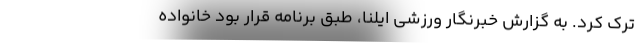
ترک کرد. به گزارش خبرنگار ورزشی ایلنا، طبق برنامه قرار بود خانواده